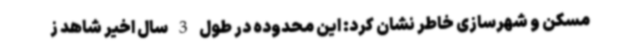
مسکن و شهرسازی خاطر نشان کرد: این محدوده در طول 3 سال اخیر شاهد ز